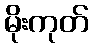
မိုးကုတ်